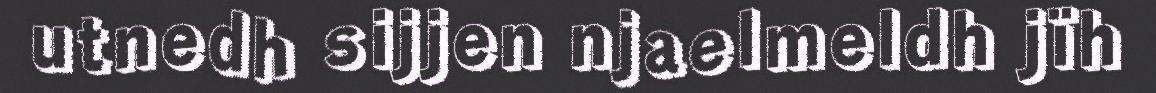
utnedh sijjen njaelmeldh jïh